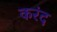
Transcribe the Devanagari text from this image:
करंद